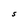
Character: S